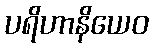
ပရိဟာနိယေဝ